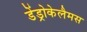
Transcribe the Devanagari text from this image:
डेंड्रोकेलैमस